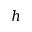
h